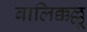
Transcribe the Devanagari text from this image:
बालिक्कल्लू